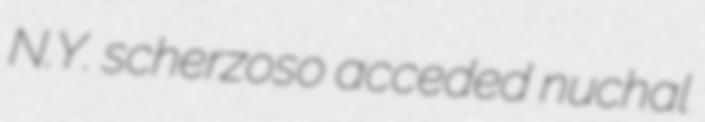
N.Y. scherzoso acceded nuchal